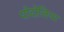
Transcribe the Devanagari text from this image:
पोदोलिया